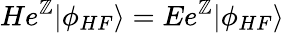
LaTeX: He^{\mathbb{Z}}|\phi_{HF}\rangle=Ee^{\mathbb{Z}}|\phi_{HF}\rangle